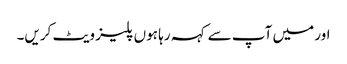
اور میں آپ سے کہہ رہا ہوں پلیز ویٹ کریں۔